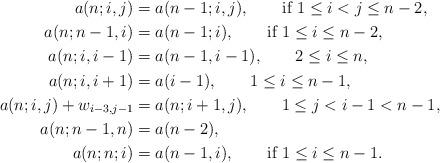
LaTeX: \begin{align*}a(n;i,j)&=a(n-1;i,j),\qquad\mbox{if $1\leq i<j\leq n-2$},\\a(n;n-1,i)&=a(n-1;i),\qquad\mbox{if $1\leq i\leq n-2$},\\a(n;i,i-1)&=a(n-1,i-1),\qquad\mbox{$2\leq i\leq n$},\\a(n;i,i+1)&=a(i-1),\qquad\mbox{$1\leq i\leq n-1$},\\a(n;i,j)+w_{i-3,j-1}&=a(n;i+1,j),\qquad\mbox{$1\leq j<i-1<n-1$},\\a(n;n-1,n)&=a(n-2),\\a(n;n;i)&=a(n-1,i),\qquad\mbox{if $1\leq i\leq n-1$}.\end{align*}